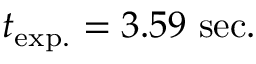
{ t _ { \mathrm { e x p . } } = 3 . 5 9 ~ \mathrm { s e c . } }